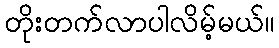
တိုးတက်လာပါလိမ့်မယ်။